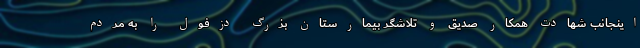
اینجانب شهادت همکار صدیق و تلاشگر بیمارستان بزرگ دزفول را به مردم